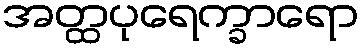
အတ္ထပုရေက္ခာရော